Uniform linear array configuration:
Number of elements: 8
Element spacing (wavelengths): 0.75
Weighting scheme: exponential
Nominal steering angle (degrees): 0
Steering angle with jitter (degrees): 0.2059
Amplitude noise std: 0.05
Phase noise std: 0.05

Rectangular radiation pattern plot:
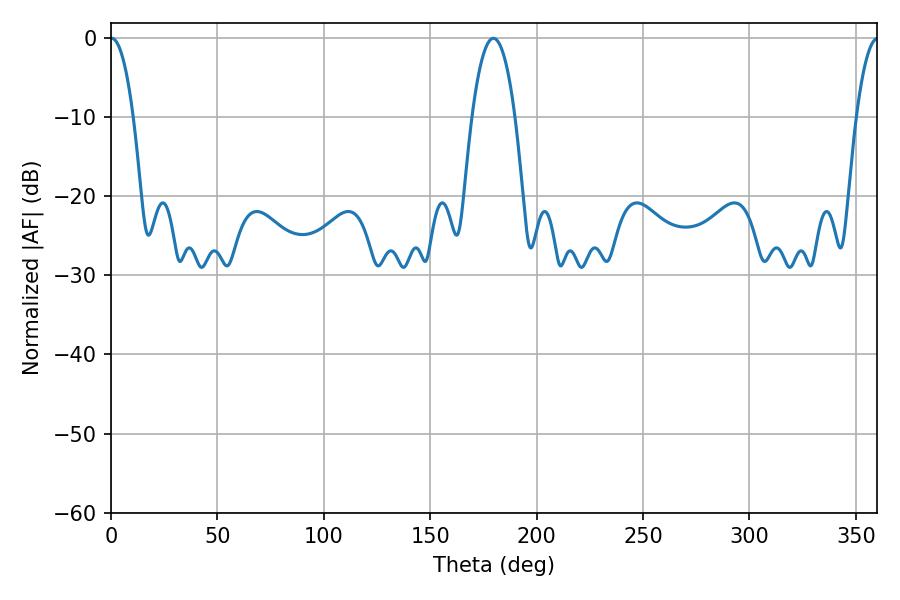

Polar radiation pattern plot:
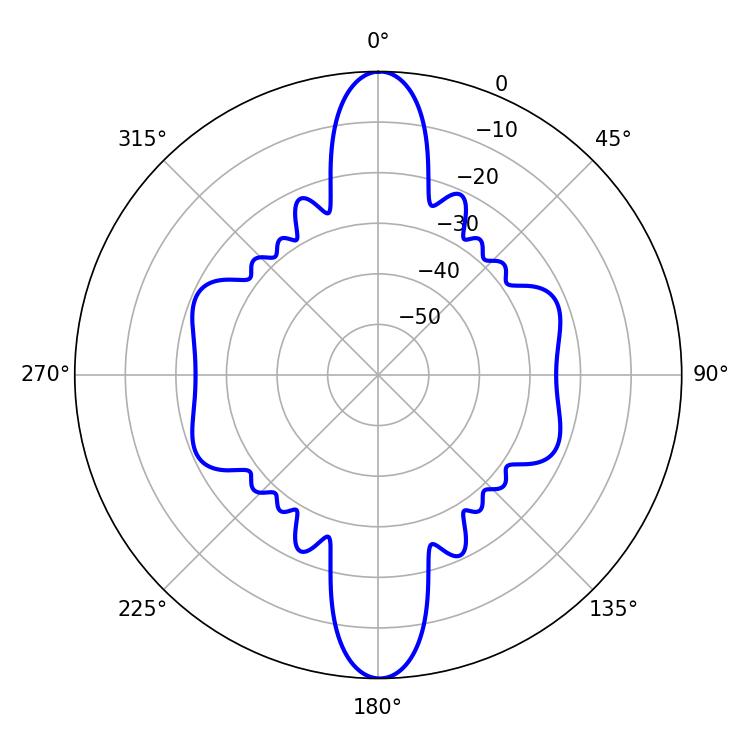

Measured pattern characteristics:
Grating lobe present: TRUE
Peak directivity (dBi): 32.665
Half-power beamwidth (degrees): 5.94
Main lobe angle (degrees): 0.36